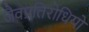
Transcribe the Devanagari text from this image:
जैवप्रतिरोधियों